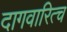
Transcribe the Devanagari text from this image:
दागवारित्च